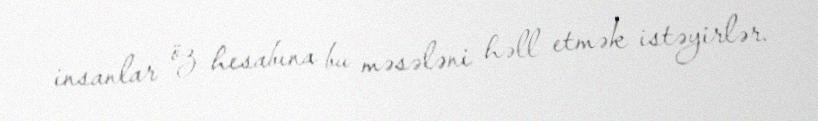
insanlar öz hesabına bu məsələni həll etmək istəyirlər.